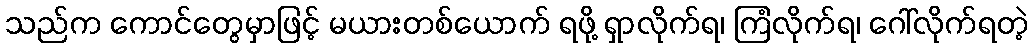
သည်က ကောင်တွေမှာဖြင့် မယားတစ်ယောက် ရဖို့ ရှာလိုက်ရ၊ ကြံလိုက်ရ၊ ဂေါ်လိုက်ရတဲ့